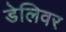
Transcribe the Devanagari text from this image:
डेलिवर